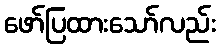
ဖော်ပြထားသော်လည်း